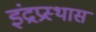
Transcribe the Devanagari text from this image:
इंद्रप्रस्थास